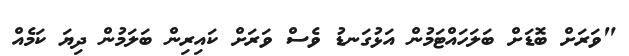
"ވަރަށް ބޮޑަށް ބަލަހައްޓަމުން އަޅުގަނޑު ވެސް ވަރަށް ކައިރިން ބަލަމުން ދިޔަ ކަމެއް